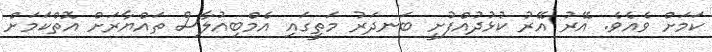
ކަމަށް ވެއެވެ. އޭރު އޭރު ކުޅުދުއްފުށީ ބަނދަރު މަތީގައި އެމްބިއުލާސް ތައްޔާރަށް އޮތްކަމަށް